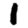
Digit: 1